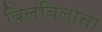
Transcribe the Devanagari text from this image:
बिलबिलाता